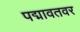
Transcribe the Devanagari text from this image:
पद्मावतवर